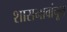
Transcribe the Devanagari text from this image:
शासनावांचून